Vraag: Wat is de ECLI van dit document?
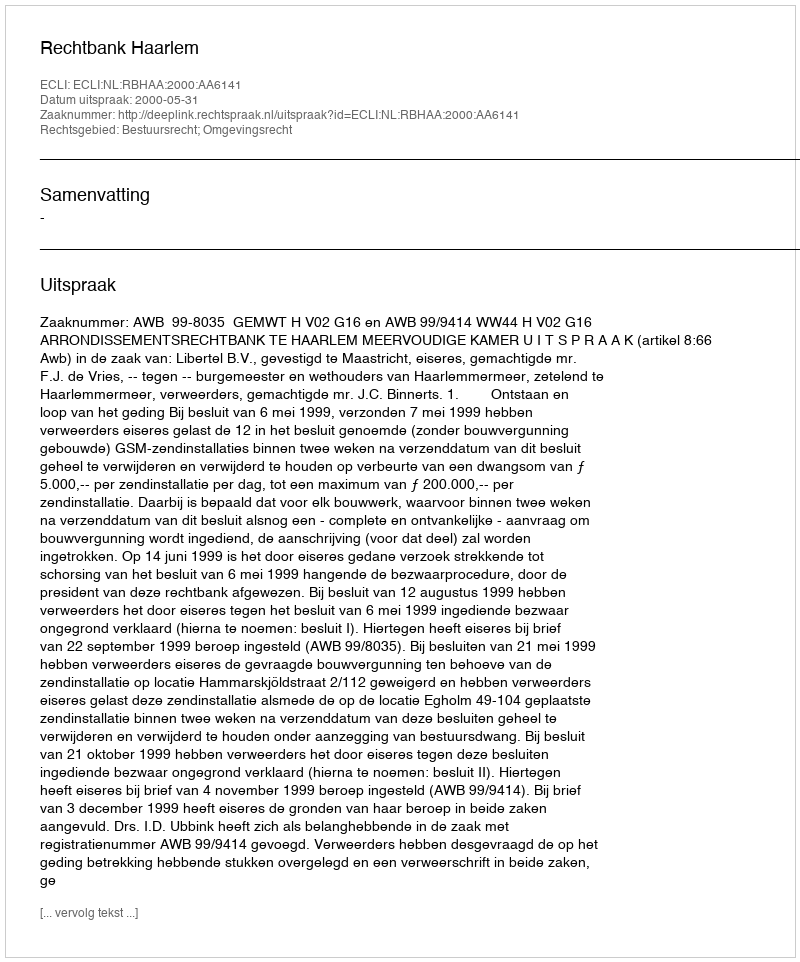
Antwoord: ECLI:NL:RBHAA:2000:AA6141